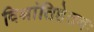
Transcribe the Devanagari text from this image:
विश्रांतिहेतबः